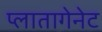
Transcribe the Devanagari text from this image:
प्लातागेनेट